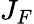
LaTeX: J_{F}